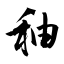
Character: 秞